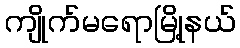
ကျိုက်မရောမြို့နယ်